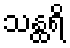
သန္ထရိ